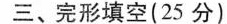
三、完形填空(25 分)